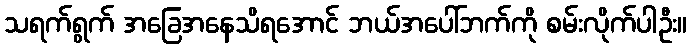
သရက်ရွက် အခြေအနေသိရအောင် ဘယ်အပေါ်ဘက်ကို စမ်းလိုက်ပါဦး။